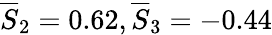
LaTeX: \overline{{S}}_{2}=0.62,\overline{{S}}_{3}=-0.44